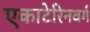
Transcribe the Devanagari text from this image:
एकाटेरिनवर्ग